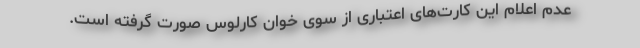
عدم اعلام این کارت‌های اعتباری از سوی خوان کارلوس صورت گرفته است.